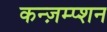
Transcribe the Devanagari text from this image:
कन्ज़म्प्शन